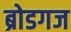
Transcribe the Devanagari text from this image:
ब्रोडगज